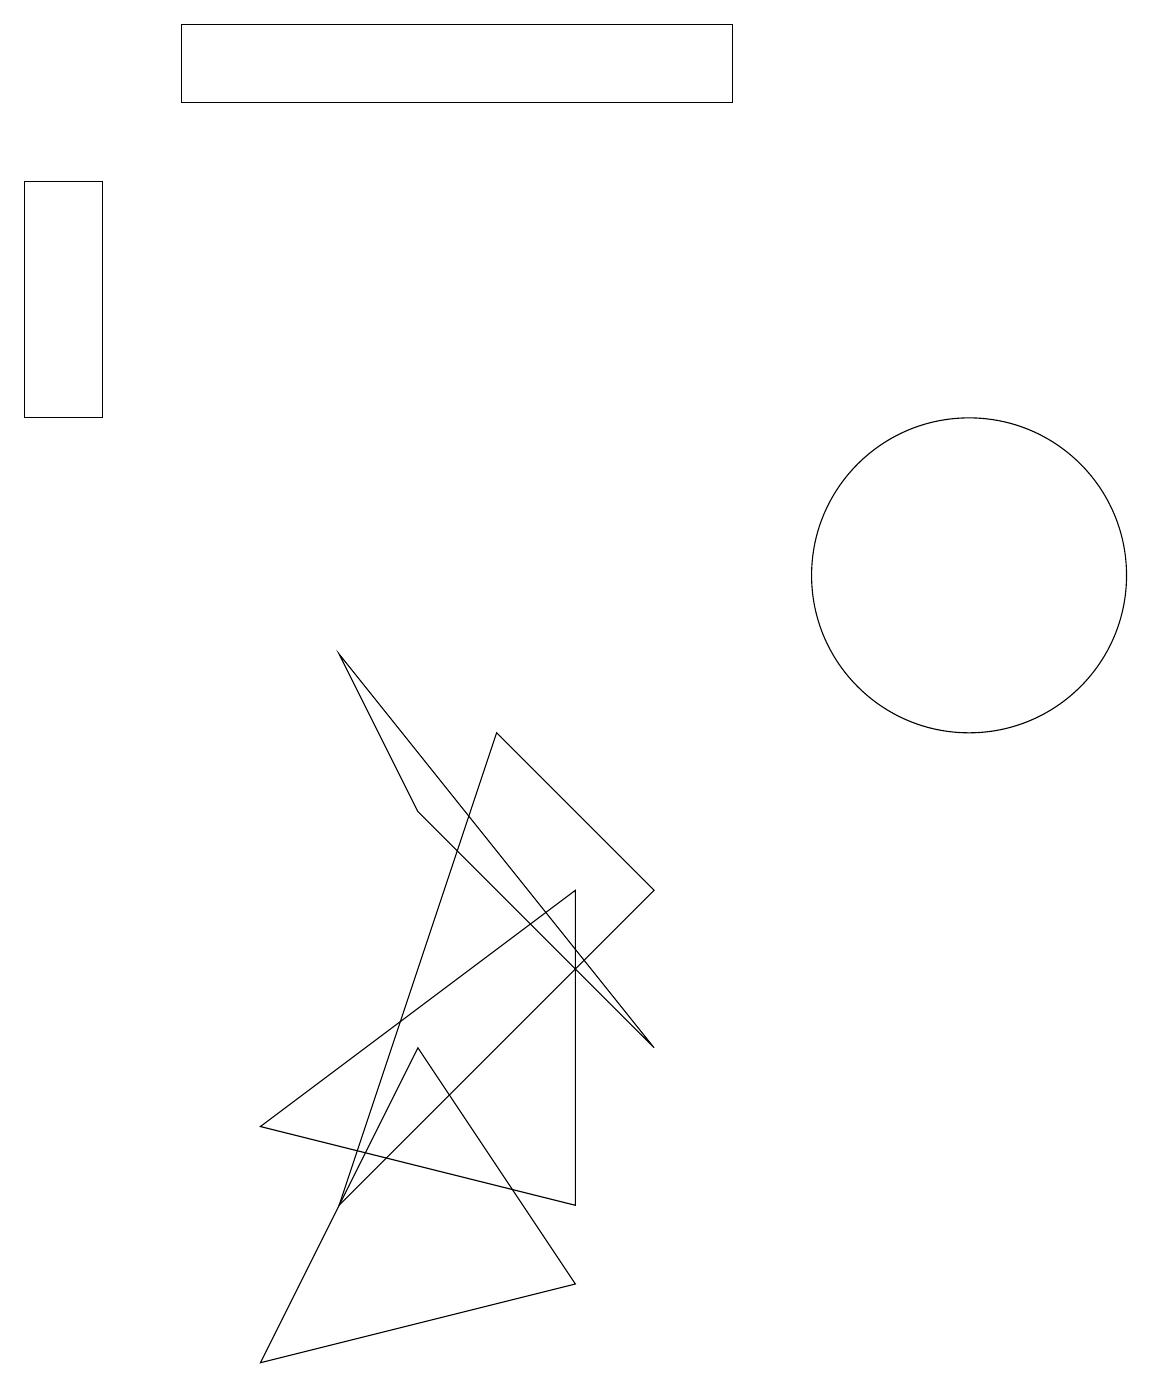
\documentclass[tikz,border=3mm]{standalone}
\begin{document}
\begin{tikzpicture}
\draw (7,1) -- (3,0) -- (5,4) -- cycle;
\draw (0,12) rectangle (1,15);
\draw (8,6) -- (6,8) -- (4,2) -- cycle;
\draw (2,17) rectangle (9,16);
\draw (8,4) -- (4,9) -- (5,7) -- cycle;
\draw (7,2) -- (7,6) -- (3,3) -- cycle;
\draw (12,10) circle (2);
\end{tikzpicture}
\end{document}